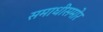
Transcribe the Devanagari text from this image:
समाधीसमोर